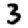
Digit: 3